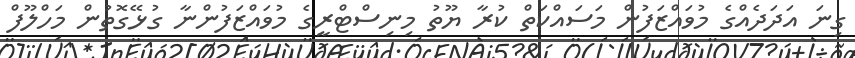
ގިނަ އަދަދެއްގެ މުވައްޒަފުން މަސައްކަތް ކުރާ ޔޫތު މިނިސްޓްރީގެ މުވައްޒަފުންނާ ގުޅޭގޮތުން މަހްލޫފް